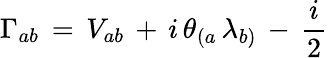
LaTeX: \Gamma_{ab}\, =\, V_{ab}\, +\, i\, \theta_{(a}\, \lambda_{b)}\, -\, \frac{i}{2}